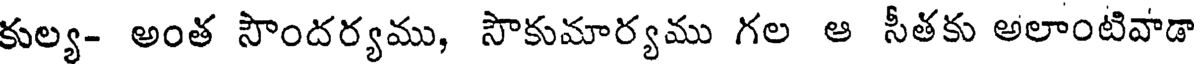
కుల్య- అంత సౌందర్యము, సౌకుమార్యము గల ఆ సీతకు అలాంటివాడా